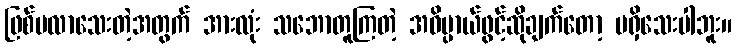
ဖြစ်မလာသေးတဲ့အတွက် အားလုံး သဘောတူကြတဲ့ အဓိပ္ပာယ်ဖွင့်ဆိုချက်တော့ မရှိသေးပါဘူး။